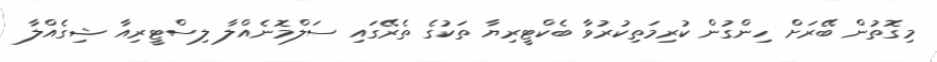
މިގޮތުން ބޭރަށް ހިންގުން ކުރިމަތިކުރުވާ ބެކްޓީރިޔާ ތަކުގެ ތެރޭގައި ސަލްމޮނެއްލާ ލިސްޓީރިއާ ޝިގެއްލާ